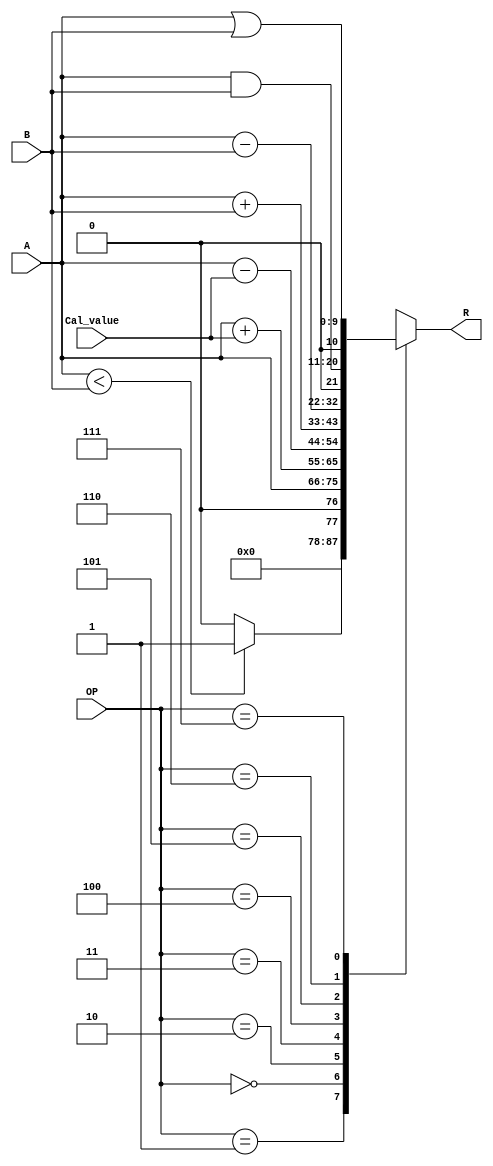
`timescale 1ns / 1ps
//////////////////////////////////////////////////////////////////////////////////
// Company: 
// Engineer: 
// 
// Design Name: 
// Module Name: ALU
// Project Name: 
// Target Devices: 
// Tool Versions: 
// Description: 
// 
// Dependencies: 
// 
// Revision:
// Revision 0.01 - File Created
// Additional Comments:
// 
//////////////////////////////////////////////////////////////////////////////////


module ALU#(
    parameter REGISTER_LEN = 10
)
(
    input [3:0]                 Cal_value   ,    
    input [2:0]                 OP          ,
    input [REGISTER_LEN-1:0]    A           ,
    input [REGISTER_LEN-1:0]    B           ,
    output reg [REGISTER_LEN:0] R

    );


    always @ (*) begin
    case (OP)
        3'b001:R <= A < B ? 1: 0;
        3'b000:R <= A;
        3'b010:R <= A + Cal_value;
        3'b011:R <= A - Cal_value;
        3'b100:R <= A + B;
        3'b101:R <= A - B;
        3'b110:R <= A & B;
        3'b111:R <= A | B;   
        default: R <= A;
    endcase
    end


endmodule